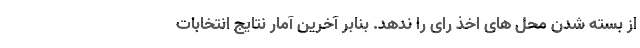
از بسته شدن محل های اخذ رای را ندهد. بنابر آخرین آمار نتایج انتخابات